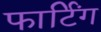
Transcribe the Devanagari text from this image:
फार्टिंग